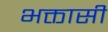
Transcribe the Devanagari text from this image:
भक्तासी